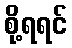
စို့ရရင်